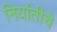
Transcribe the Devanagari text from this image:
निर्यातीचे